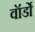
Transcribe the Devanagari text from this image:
वॉर्डो